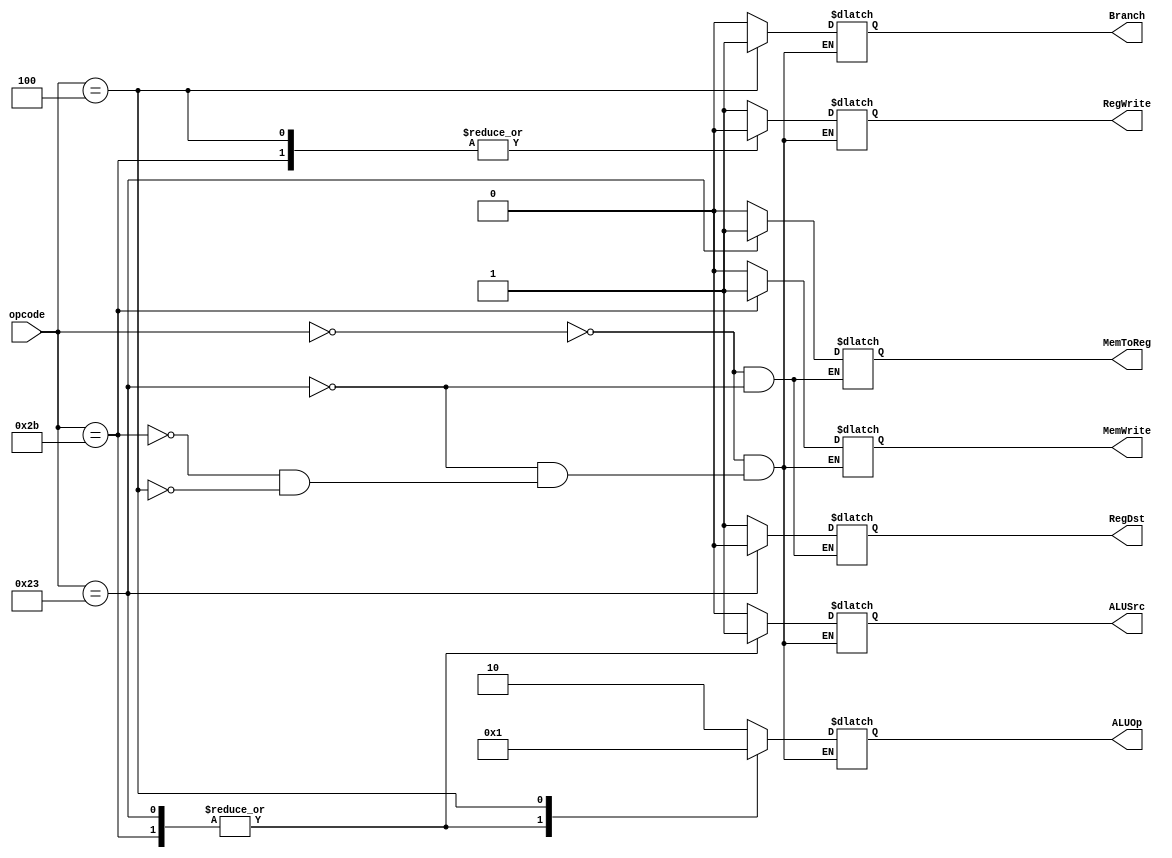
module main_decoder(
    input [5:0] opcode,
    output MemToReg, MemWrite, Branch, ALUSrc, RegDst, RegWrite, 
    output [1:0] ALUOp
);

reg _MemToReg, _MemWrite, _Branch, _ALUSrc, _RegDst, _RegWrite;
reg [1:0] _ALUOp;

assign RegWrite    = _RegWrite;
assign RegDst      = _RegDst;
assign ALUSrc      = _ALUSrc;
assign Branch      = _Branch;
assign MemWrite    = _MemWrite;
assign MemToReg    = _MemToReg;
assign ALUOp       = _ALUOp;

always @*
begin
    case (opcode)
        6'h00:  // 0x00
        begin   
            _RegWrite    = 1'b1;
            _RegDst      = 1'b1;
            _ALUSrc      = 1'b0;
            _Branch      = 1'b0;
            _MemWrite    = 1'b0;
            _MemToReg    = 1'b0;
            // $monitor("00 %b", _MemToReg);
            _ALUOp       = 2'b10;
        end
        6'h23:   // 0x23
        begin
            _RegWrite    = 1'b1;
            _RegDst      = 1'b0;
            _ALUSrc      = 1'b1;
            _Branch      = 1'b0;
            _MemWrite    = 1'b0;
            _MemToReg    = 1'b1;
            // $monitor("23 %b", _MemToReg);
            _ALUOp       = 2'b00;
        end
        6'h2B:
        begin
            _RegWrite    = 1'b0;
            // _RegDst      = 1'bx;
            _ALUSrc      = 1'b1;
            _Branch      = 1'b0;
            _MemWrite    = 1'b1;
            // _MemToReg    = 1'bx;
            // $monitor("2B %b", _MemToReg);
            _ALUOp       = 2'b00;
        end
        6'h04:
        begin
            _RegWrite    = 1'b0;
            // _RegDst      = 1'bx;
            _ALUSrc      = 1'b0;
            _Branch      = 1'b1;
            _MemWrite    = 1'b0;
            // _MemToReg    = 1'bx;
            // $monitor("04 %b", _MemToReg);
            _ALUOp       = 2'b01;
        end
    endcase
end

endmodule